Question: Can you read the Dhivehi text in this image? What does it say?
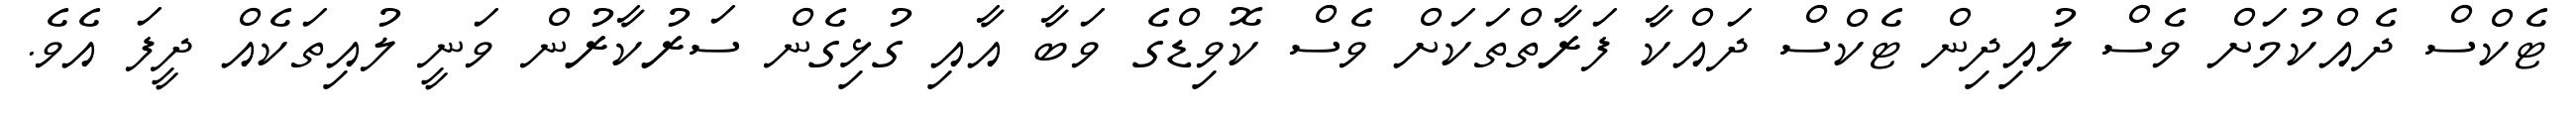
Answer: ޓެކްސް ދެއްކުމަށް ވެސް ލުއިދިން ޓެކްސް ދައްކާ ފަރާތްތަކަށް ވެސް ކޮވިޑްގެ ވަބާ އާއި ގުޅިގެން ސަރުކާރުން ވަނީ ލުއިތަކެއް ދީފަ އެވެ.